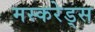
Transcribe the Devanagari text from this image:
मस्करेड्स